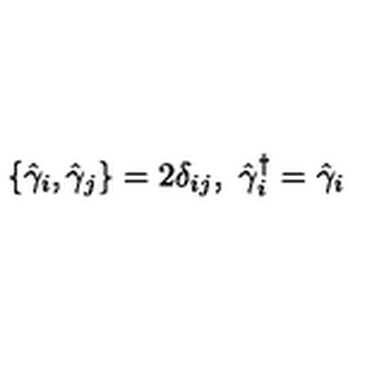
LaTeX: \{ \hat { \gamma } _ { i } , \hat { \gamma } _ { j } \} = 2 { \delta } _ { i j } , \ \hat { \gamma } _ { i } ^ { \dagger } = \hat { \gamma } _ { i }